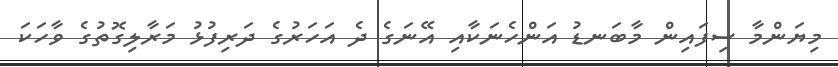
މިޔަންމާ ސިފައިން މާބަނޑު އަންހެނަކާއި އޭނަގެ ދެ އަހަރުގެ ދަރިފުޅު މަރާލިގޮތުގެ ވާހަކަ